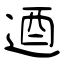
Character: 逎